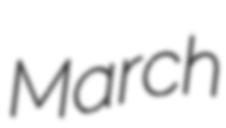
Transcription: March